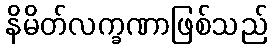
နိမိတ်လက္ခဏာဖြစ်သည်